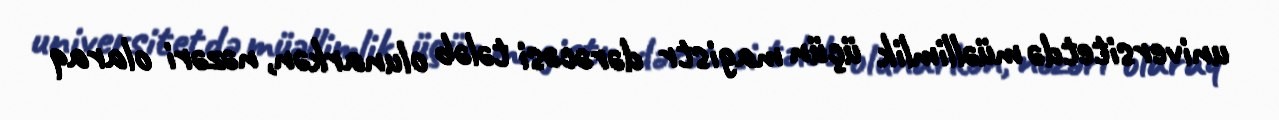
universitetdə müəllimlik üçün magistr dərəcəsi tələb olunarkən, nəzəri olaraq